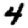
Digit: 4